Civil Veterinary Department. United Provinces 1923-31 - 1923-1931
Year: 1923
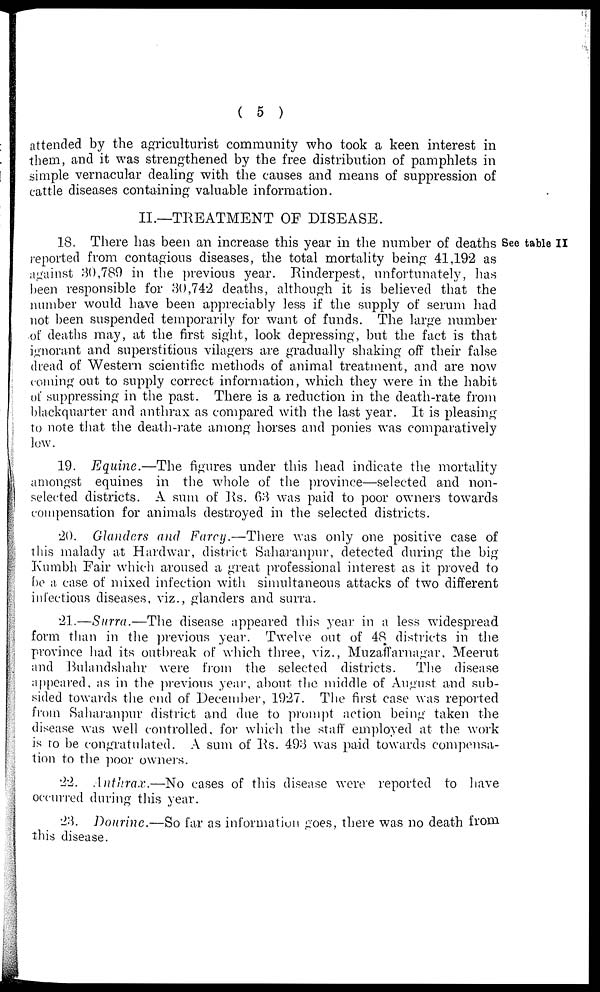
(5)
attended by the agriculturist community who took a keen interest in
them, and it was strengthened by the free distribution of pamphlets in
simple vernacular dealing with the causes and means of suppression of
cattle diseases containing valuable information.
II.—TREATMENT OF DISEASE.
See table II
18. There has been an increase this year in the number of deaths
reported from contagious diseases, the total mortality being 41,192 as
against 30,789 in the previous year. Rinderpest, unfortunately, has
been responsible for 30,742 deaths, although it is believed that the
number would have been appreciably less if the supply of serum had
not been suspended temporarily for want of funds. The large number
of deaths may, at the first sight, look depressing, but the fact is that
ignorant and superstitious vilagers are gradually shaking off their false
dread of Western scientific methods of animal treatment, and are now
coining out to supply correct information, which they were in the habit
of suppressing in the past. There is a reduction in the death-rate from
blackquarter and anthrax as compared with the last year. It is pleasing
to note that the death-rate among horses and ponies was comparatively
low.
19. Equine.—The figures under this head indicate the mortality
amongst equines in the whole of the province—selected and non-
selected districts. A sum of Rs. 63 was paid to poor owners towards
compensation for animals destroyed in the selected districts.
20. Glanders and Farcy.—There
was only one positive case of
this malady at Hardwar, district Saharanpur, detected during the big
Kumbh Fair which aroused a great professional interest as it proved to
he a case of mixed infection with simultaneous attacks of two different
infectious diseases, viz., glanders and surra.
21.—Surra.—The disease appeared this year in a less widespread
form than in the previous year. Twelve out of 48 districts in the
province had its outbreak of which three, viz., Muzaffarnagar, Meerut
and Bulandshahr were from the selected districts.
The disease
appeared, as in the previous year, about the middle of August and sub-
sided towards the end of December, 1927. The first case was reported
from Saharanpur district and due to prompt action being taken the
disease was well controlled, for which the staff employed at the work
is to be congratulated. A sum of Rs. 493 was paid towards compensa-
tion to the poor owners.
22. Anthrax.—No cases of this disease were reported to have
occurred during this year.
23. Dourine.—So far as information goes, there was no death from
this disease.